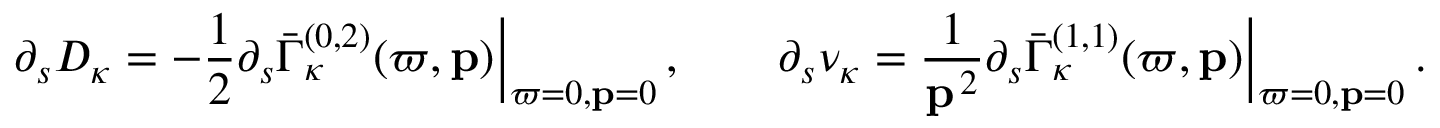
\partial _ { s } D _ { \kappa } = - \frac 1 2 \partial _ { s } \bar { \Gamma } _ { \kappa } ^ { ( 0 , 2 ) } ( \varpi , { \bf p } ) \Big | _ { \varpi = 0 , { \bf p } = 0 } \, , \qquad \partial _ { s } \nu _ { \kappa } = \frac { 1 } { { \bf p } ^ { \, 2 } } \partial _ { s } \bar { \Gamma } _ { \kappa } ^ { ( 1 , 1 ) } ( \varpi , { \bf p } ) \Big | _ { \varpi = 0 , { \bf p } = 0 } \, .